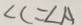
\angle C = \angle A